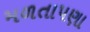
મળતાપણા